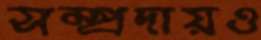
সম্প্রদায়ও